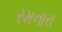
રમનારા